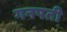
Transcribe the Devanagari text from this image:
गनपती